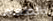
بالطعام